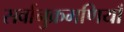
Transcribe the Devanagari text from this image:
सर्वानुक्रमणियाँ